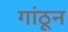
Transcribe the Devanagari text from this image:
गांठून